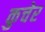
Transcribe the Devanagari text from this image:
कुचेर